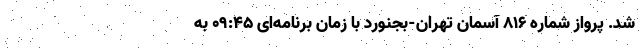
شد. پرواز شماره ۸۱۶ آسمان تهران-بجنورد با زمان برنامه‌ای ۰۹:۴۵ به